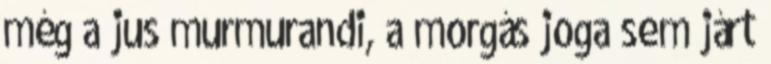
még a jus murmurandi, a morgás joga sem járt